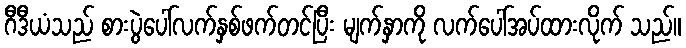
ဂီဒီယံသည် စားပွဲပေါ်လက်နှစ်ဖက်တင်ပြီး မျက်နှာကို လက်ပေါ်အပ်ထားလိုက် သည်။